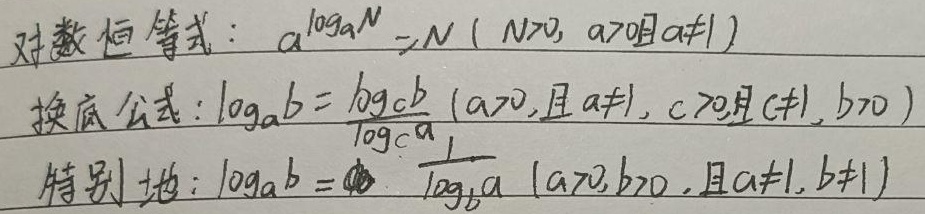
对数恒等式：\(a^{\log_aN}=N\ (N>0,\ a>0且a\neq1)\)
换底公式：\(\log_ab = \frac{\log_cb}{\log_ca}\ (a>0,且a\neq1,\ c>0且c\neq1,\ b>0)\)
特别地：\(\log_ab =  \frac{1}{\log_ba}\ (a>0,b>0,且a\neq1,b\neq1)\)